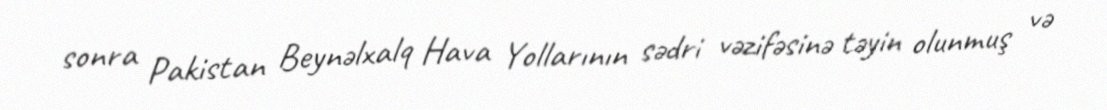
sonra Pakistan Beynəlxalq Hava Yollarının sədri vəzifəsinə təyin olunmuş və